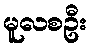
မူလစဦး